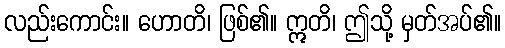
လည်းကောင်း။ ဟောတိ၊ ဖြစ်၏။ ဣတိ၊ ဤသို့ မှတ်အပ်၏။